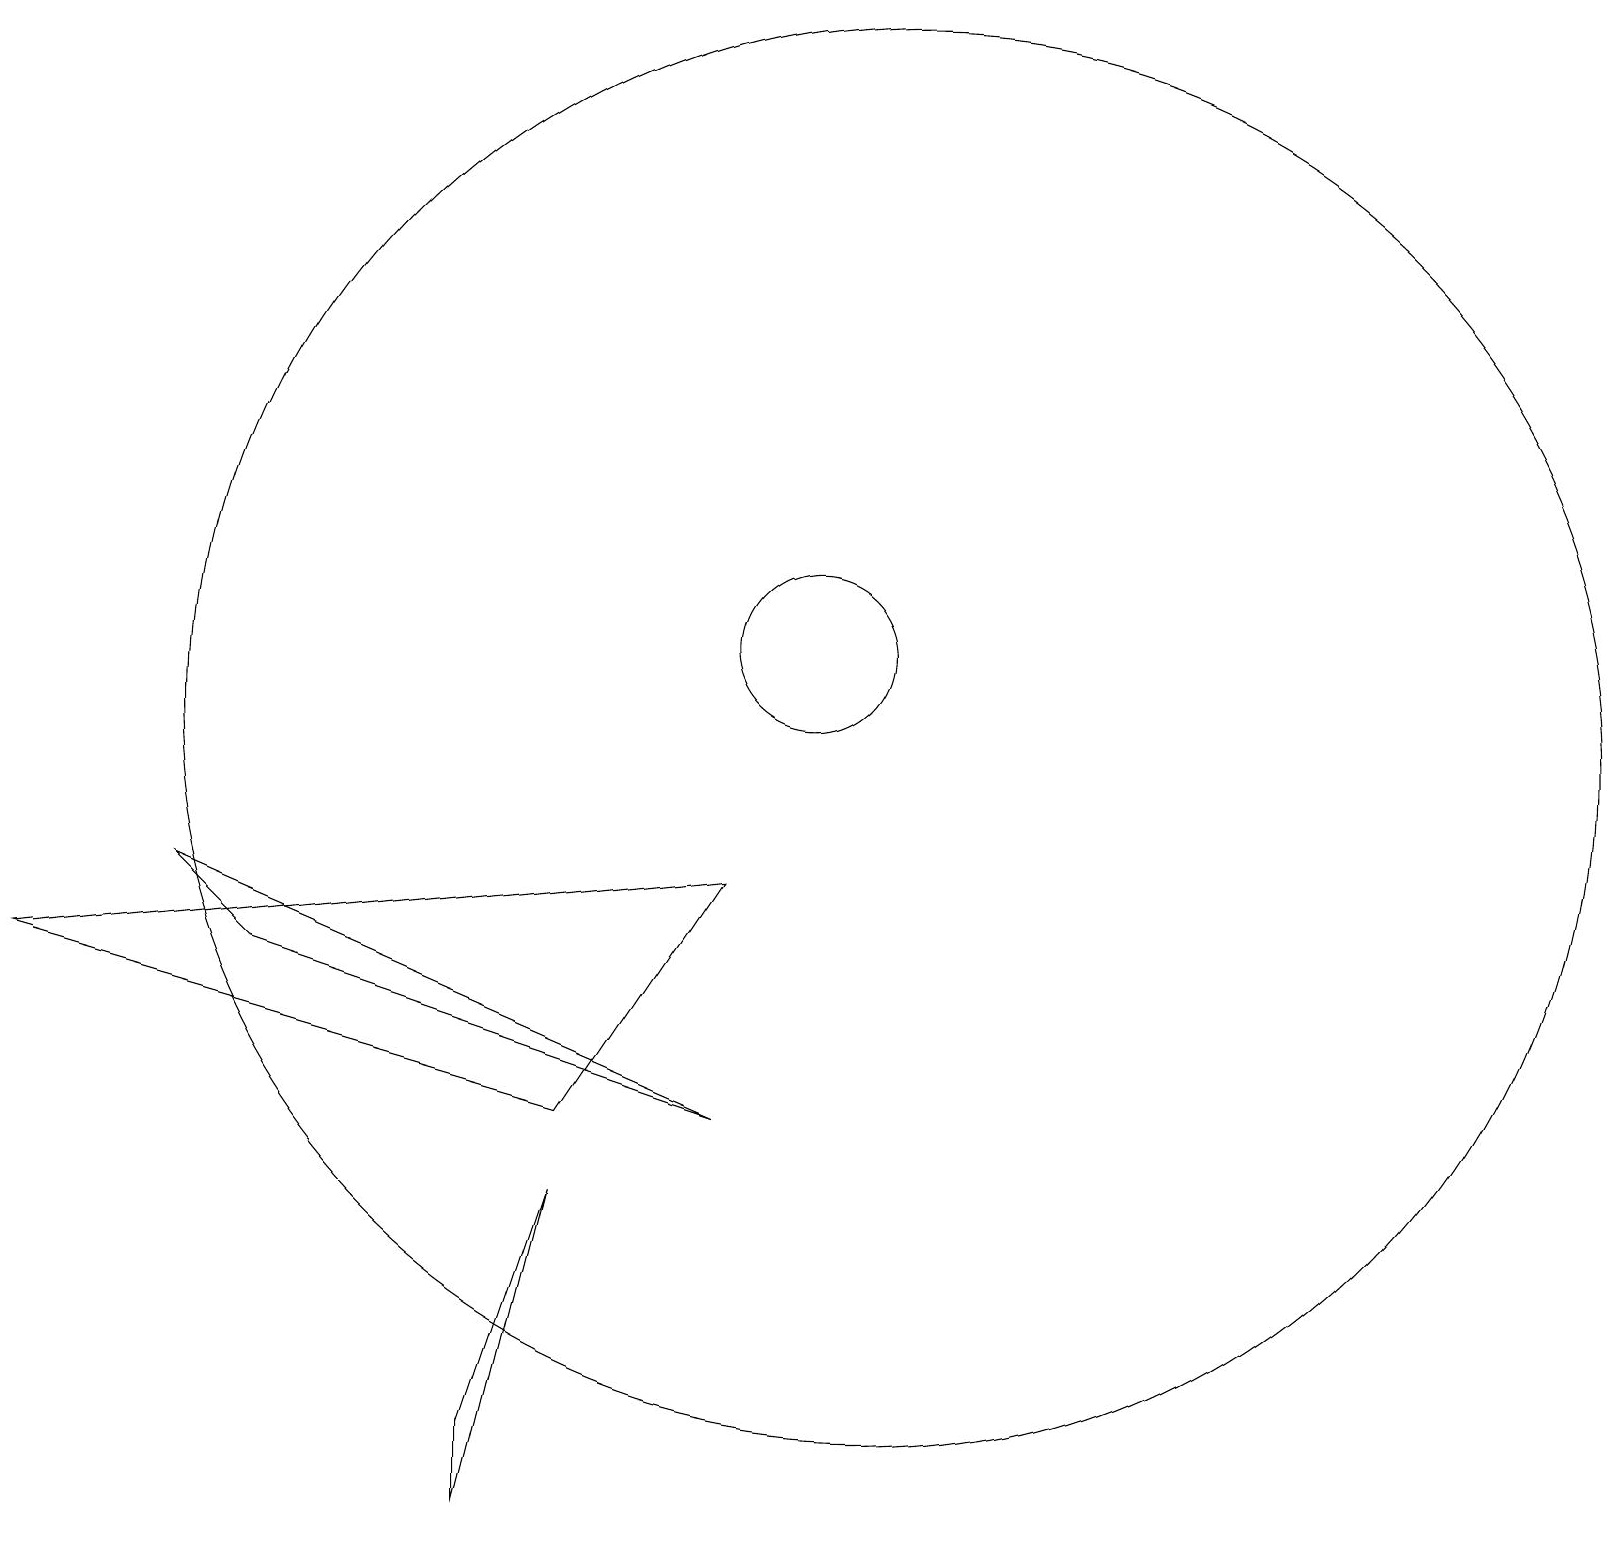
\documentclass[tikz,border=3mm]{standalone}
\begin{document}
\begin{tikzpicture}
\draw (10,11) circle (1);
\draw (7,5) -- (9,8) -- (0,7) -- cycle;
\draw (7,4) -- (6,1) -- (6,0) -- cycle;
\draw (11,10) circle (9);
\draw (3,7) -- (9,5) -- (2,8) -- cycle;
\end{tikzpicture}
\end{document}